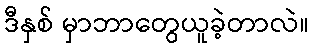
ဒီနှစ် မှာဘာတွေယူခဲ့တာလဲ။